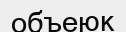
объеюк